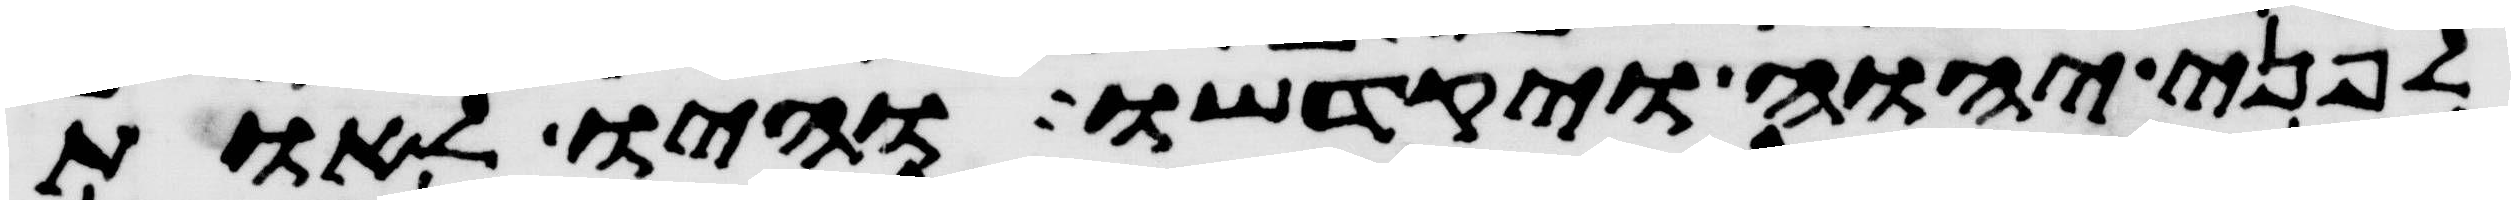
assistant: לפני יהוה ויקדשו והיו לאות